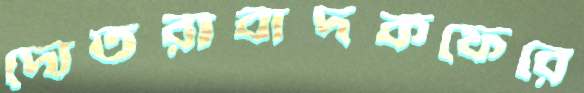
দোতরাবাদকফেরে